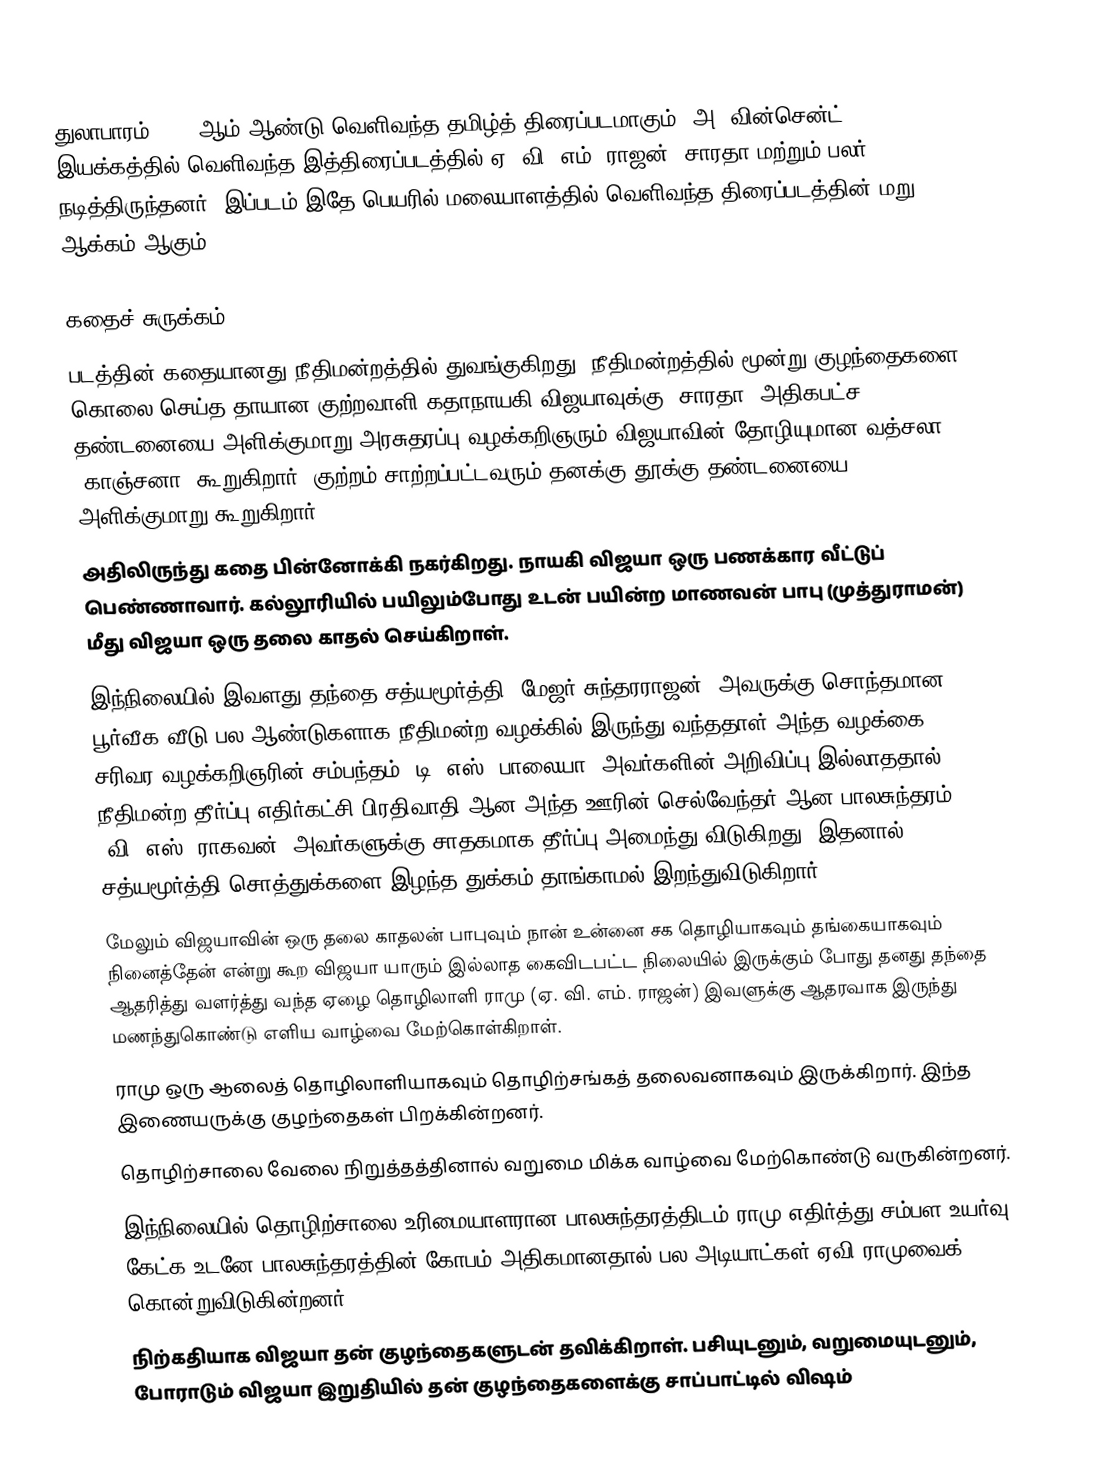
துலாபாரம் 1969 ஆம் ஆண்டு வெளிவந்த தமிழ்த் திரைப்படமாகும். அ. வின்சென்ட் இயக்கத்தில் வெளிவந்த இத்திரைப்படத்தில் ஏ. வி. எம். ராஜன், சாரதா மற்றும் பலர் நடித்திருந்தனர். இப்படம் இதே பெயரில் மலையாளத்தில் வெளிவந்த திரைப்படத்தின் மறு ஆக்கம் ஆகும்.

கதைச் சுருக்கம்
 படத்தின் கதையானது நீதிமன்றத்தில் துவங்குகிறது. நீதிமன்றத்தில் மூன்று குழந்தைகளை கொலை செய்த தாயான குற்றவாளி கதாநாயகி விஜயாவுக்கு (சாரதா) அதிகபட்ச தண்டனையை அளிக்குமாறு அரசுதரப்பு வழக்கறிஞரும் விஜயாவின் தோழியுமான வத்சலா (காஞ்சனா) கூறுகிறார். குற்றம் சாற்றப்பட்டவரும் தனக்கு தூக்கு தண்டனையை அளிக்குமாறு கூறுகிறார்.
 அதிலிருந்து கதை பின்னோக்கி நகர்கிறது. நாயகி விஜயா ஒரு பணக்கார வீட்டுப் பெண்ணாவார். கல்லூரியில் பயிலும்போது உடன் பயின்ற மாணவன் பாபு (முத்துராமன்) மீது விஜயா ஒரு தலை காதல் செய்கிறாள்.
 இந்நிலையில் இவளது தந்தை சத்யமூர்த்தி (மேஜர் சுந்தரராஜன்) அவருக்கு சொந்தமான பூர்வீக வீடு பல ஆண்டுகளாக நீதிமன்ற வழக்கில் இருந்து வந்ததாள் அந்த வழக்கை சரிவர வழக்கறிஞரின் சம்பந்தம் (டி. எஸ். பாலையா) அவர்களின் அறிவிப்பு இல்லாததால் நீதிமன்ற தீர்ப்பு எதிர்கட்சி பிரதிவாதி ஆன அந்த ஊரின் செல்வேந்தர் ஆன பாலசுந்தரம் (வி. எஸ். ராகவன்) அவர்களுக்கு சாதகமாக தீர்ப்பு அமைந்து விடுகிறது. இதனால் சத்யமூர்த்தி சொத்துக்களை இழந்த துக்கம் தாங்காமல் இறந்துவிடுகிறார்.
 மேலும் விஜயாவின் ஒரு தலை காதலன் பாபுவும் நான் உன்னை சக தொழியாகவும் தங்கையாகவும் நினைத்தேன் என்று கூற விஜயா யாரும் இல்லாத கைவிடபட்ட நிலையில் இருக்கும் போது தனது தந்தை ஆதரித்து வளர்த்து வந்த ஏழை தொழிலாளி ராமு (ஏ. வி. எம். ராஜன்) இவளுக்கு ஆதரவாக இருந்து மணந்துகொண்டு எளிய வாழ்வை மேற்கொள்கிறாள்.
 ராமு ஒரு ஆலைத் தொழிலாளியாகவும் தொழிற்சங்கத் தலைவனாகவும் இருக்கிறார். இந்த இணையருக்கு குழந்தைகள் பிறக்கின்றனர்.
 தொழிற்சாலை வேலை நிறுத்தத்தினால் வறுமை மிக்க வாழ்வை மேற்கொண்டு வருகின்றனர்.
 இந்நிலையில் தொழிற்சாலை உரிமையாளரான பாலசுந்தரத்திடம் ராமு எதிர்த்து சம்பள உயர்வு கேட்க உடனே பாலசுந்தரத்தின் கோபம் அதிகமானதால் பல அடியாட்கள் ஏவி ராமுவைக் கொன்றுவிடுகின்றனர்.
 நிற்கதியாக விஜயா தன் குழந்தைகளுடன் தவிக்கிறாள். பசியுடனும், வறுமையுடனும், போராடும் விஜயா இறுதியில் தன் குழந்தைகளைக்கு சாப்பாட்டில் விஷம்